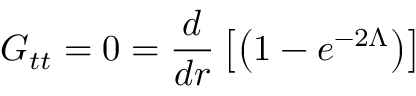
G _ { t t } = 0 = \frac { d } { d r } \left[ \left( 1 - e ^ { - 2 \Lambda } \right) \right]